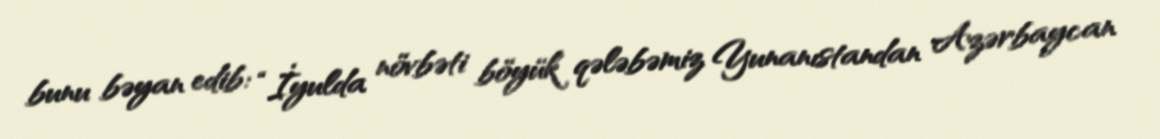
bunu bəyan edib: “İyulda növbəti böyük qələbəmiz Yunanıstandan Azərbaycan